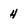
Character: 4